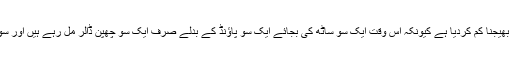
ان کرنسیز کی قیمت گرنے کی وجہ سے بیرونِ ملک مقیم پاکستانیوں نے وطن رقم بھیجنا کم کردیا ہے کیونکہ اس وقت ایک سو ساٹھ کی بجائے ایک سو پاؤنڈ کے بدلے صرف ایک سو چھپن ڈالر مل رہے ہیں اور سویورو کے بدلے ایک سو اکتیس کی بجائے صرف ایک سو پچیس ڈالر مل رہے ہیں۔